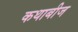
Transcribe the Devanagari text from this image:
कथाबीज